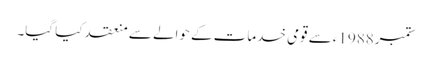
ستمبر1988ء سے قومی خدمات کے حوالے سے منعقد کیا گیا۔